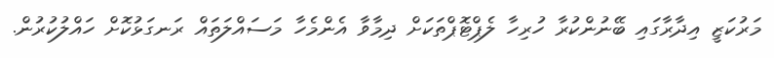
މަރުކަޒީ އިދާރާގައި ބޭނުންކުރާ ހުރިހާ ލެޕްޓޮޕްތަކަށް ދިމާވާ އެންމެހާ މަސައްލަތައް ރަނގަޅުކޮށް ހައްލުކުރުން.